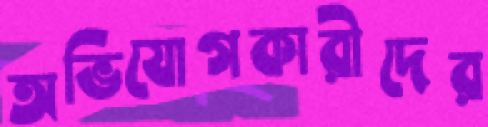
অভিযোগকারীদের